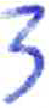
אות: צ